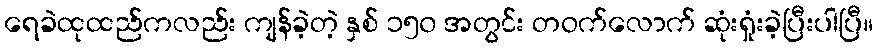
ရေခဲထုထည်ကလည်း ကျန်ခဲ့တဲ့ နှစ် ၁၅၀ အတွင်း တဝက်လောက် ဆုံးရှုံးခဲ့ပြီးပါပြီ။